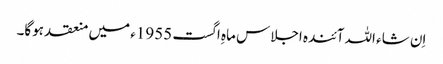
اِن شاء اللہ آئندہ اجلاس ماہِ اگست 1955ء میں منعقد ہوگا۔